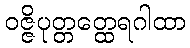
ဝဇ္ဇိပုတ္တတ္ထေရဂါထာ